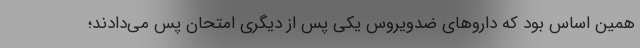
همین اساس بود که داروهای ضدویروس یکی پس از دیگری امتحان پس می‌دادند؛